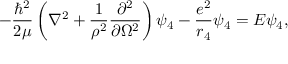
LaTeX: - \frac { \hbar ^ { 2 } } { 2 \mu } \left( \nabla ^ { 2 } + \frac { 1 } { \rho ^ { 2 } } \frac { \partial ^ { 2 } } { \partial \Omega ^ { 2 } } \right) \psi _ { 4 } - \frac { e ^ { 2 } } { r _ { 4 } } \psi _ { 4 } = E \psi _ { 4 } ,